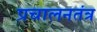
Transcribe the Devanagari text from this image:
प्रचालनतंत्र